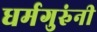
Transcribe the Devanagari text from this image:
धर्मगुरुंनी